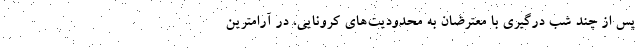
پس از چند شب درگیری با معترضان به محدودیت‌های کرونایی، در آرامترین